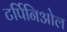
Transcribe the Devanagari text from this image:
टर्पिनिओल